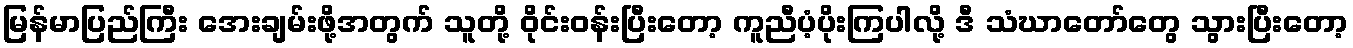
မြန်မာပြည်ကြီး အေးချမ်းဖို့အတွက် သူတို့ ဝိုင်းဝန်းပြီးတော့ ကူညီပံ့ပိုးကြပါလို့ ဒီ သံဃာတော်တွေ သွားပြီးတော့